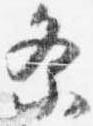
祭